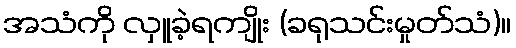
အသံကို လှူခဲ့ရကျိုး (ခရုသင်းမှုတ်သံ)။